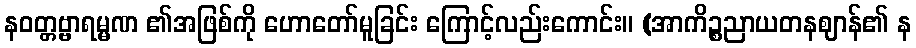
နဝတ္တဗ္ဗာရမ္မဏ ၏အဖြစ်ကို ဟောတော်မူခြင်း ကြောင့်လည်းကောင်း။ (အာကိဉ္စညာယတနဈာန်၏ န